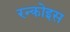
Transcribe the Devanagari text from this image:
रन्कोइस